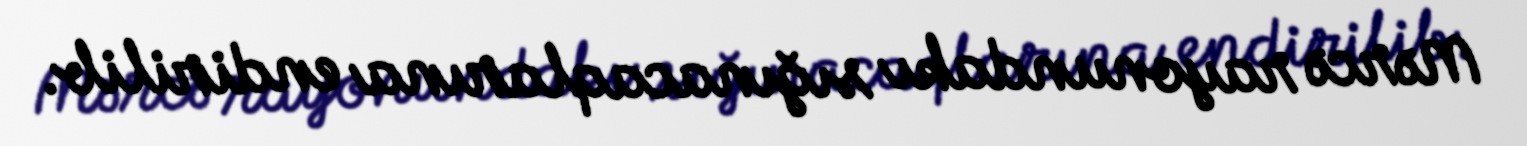
Mərcə rayonundakı sığınacaqlarına endirilib.